65_HS1-834228961_62-HQ-83894_Section_8
Agency: FBI
Page 195
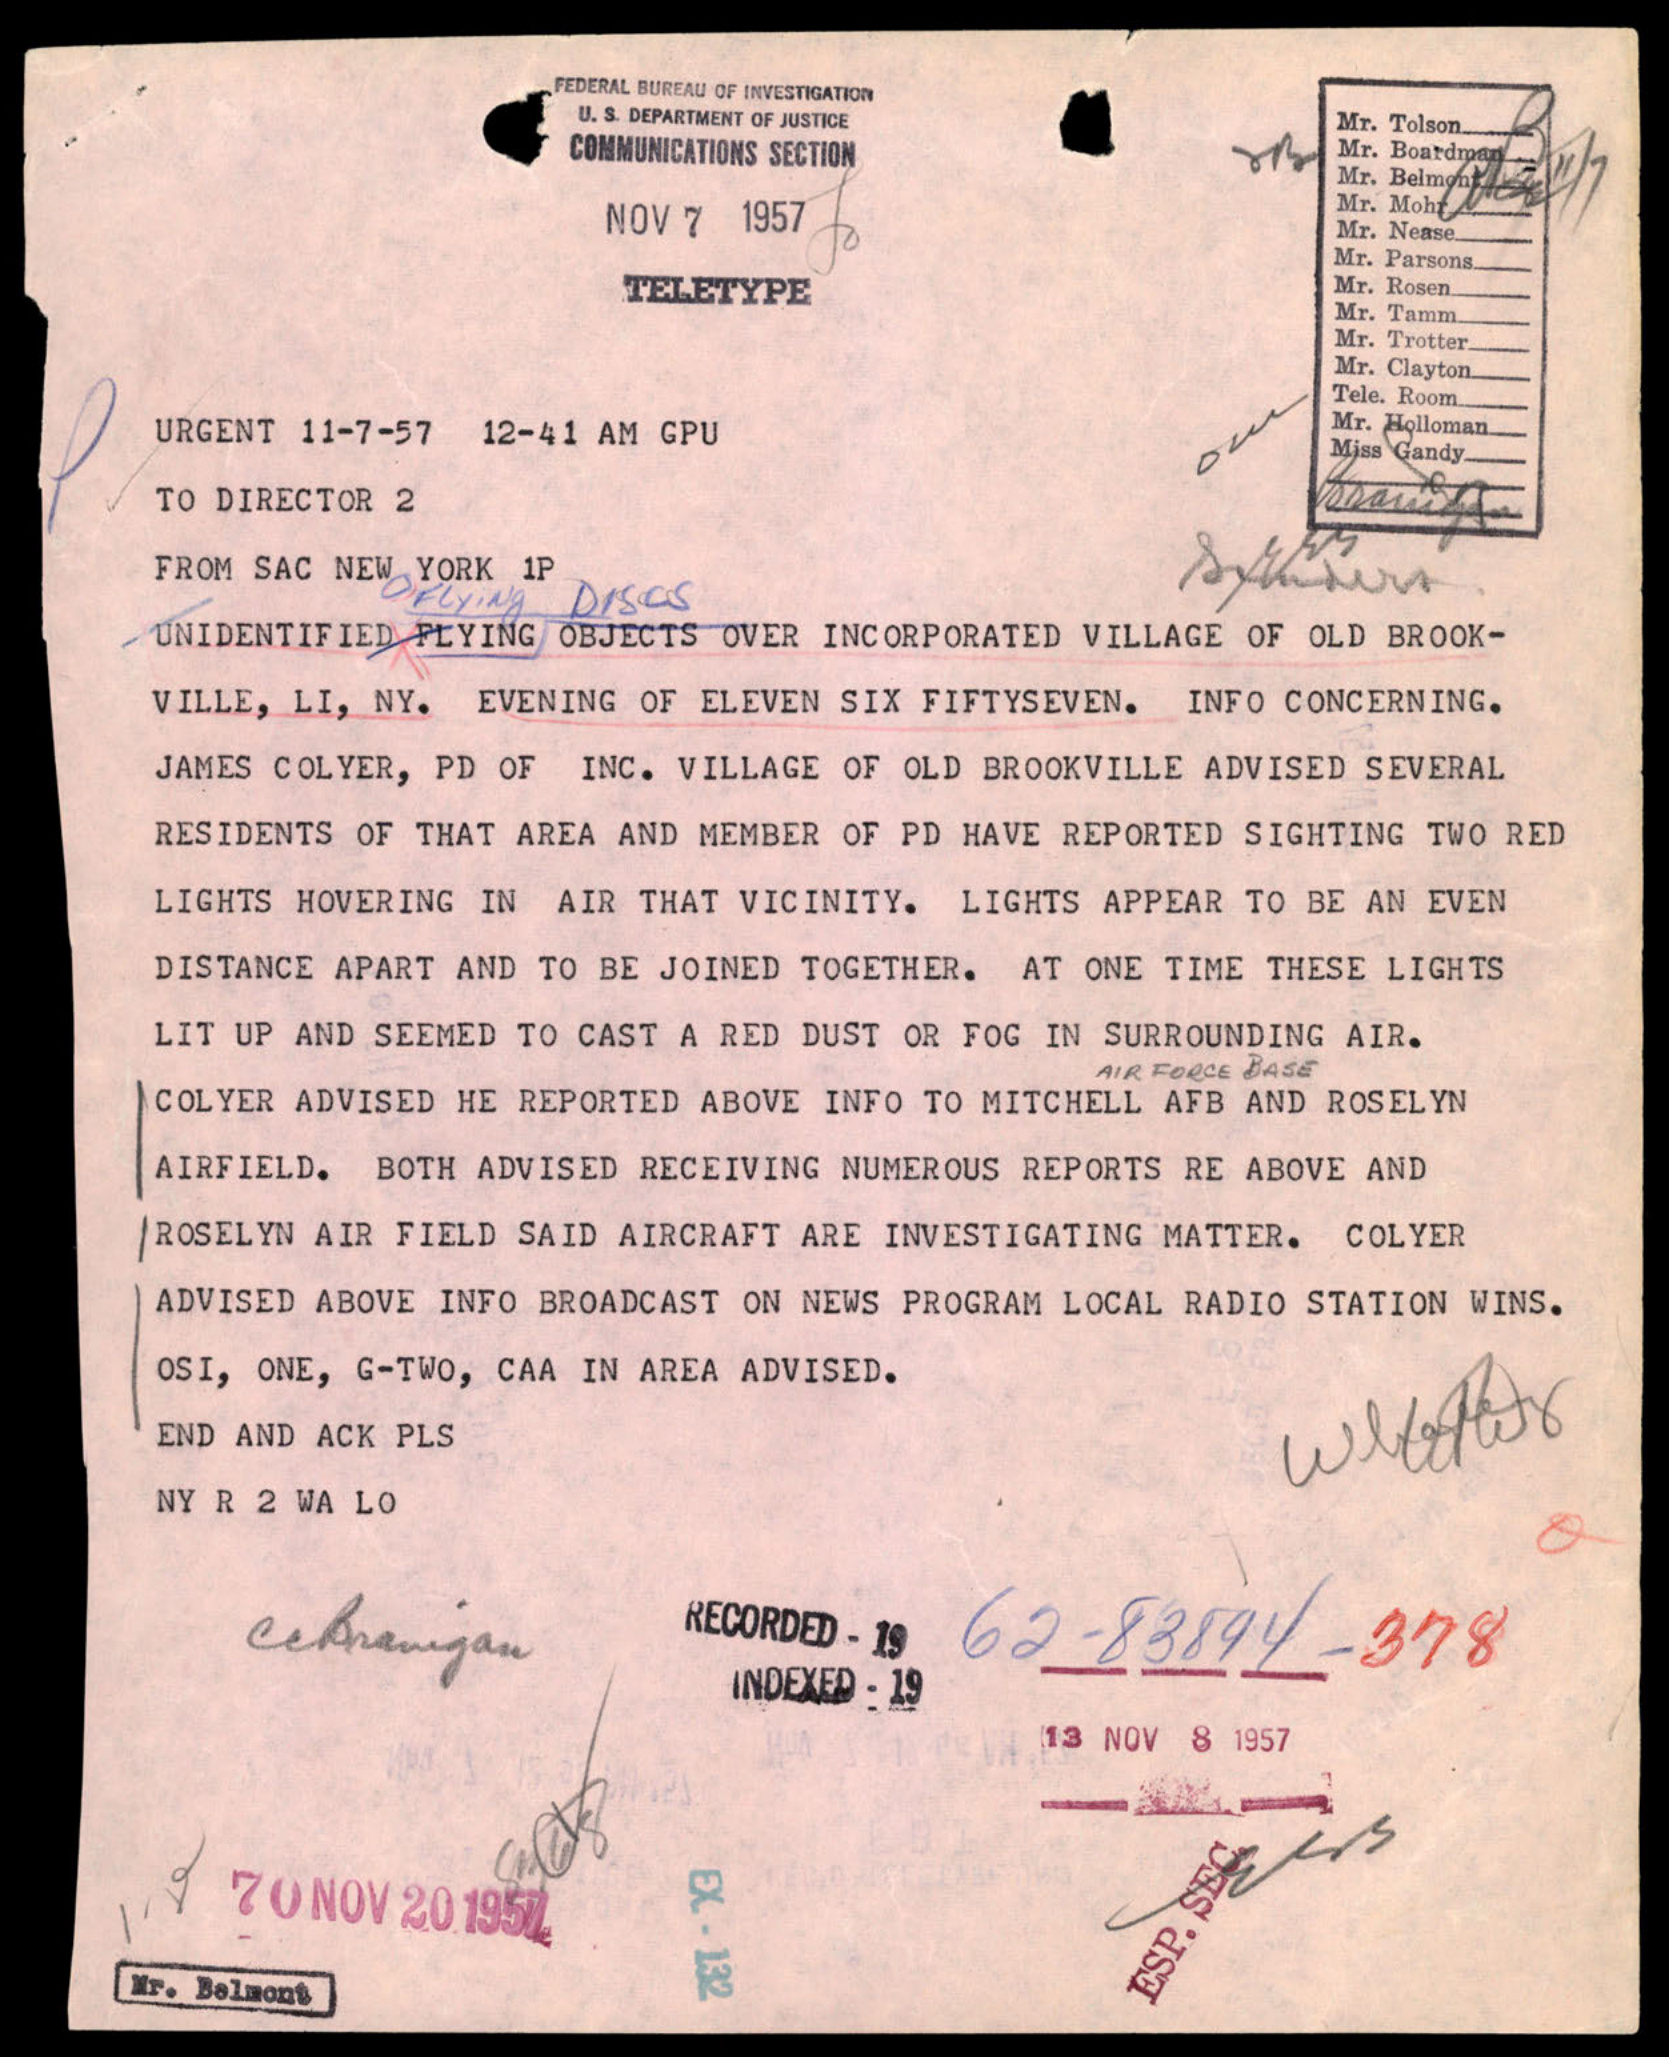